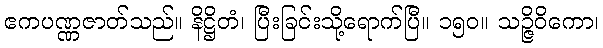
ဧကပဏ္ဏဇာတ်သည်။ နိဋ္ဌိတံ၊ ပြီးခြင်းသို့ရောက်ပြီ။ ၁၅၀။ သဉ္ဇိဝိကော၊